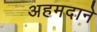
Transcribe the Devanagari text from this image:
अहमदाने